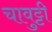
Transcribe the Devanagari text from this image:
चावुट्टी